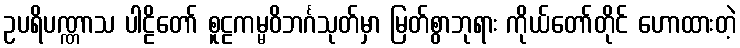
ဥပရိပဏ္ဏာသ ပါဠိတော် စူဠကမ္မဝိဘင်္ဂသုတ်မှာ မြတ်စွာဘုရား ကိုယ်တော်တိုင် ဟောထားတဲ့